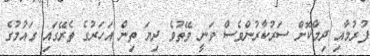
ފުރުމާއި ދިމާކޮށް ސަރުކާރުންވެސް ވަނީ ވޭތުވެ ދިޔަ ތިން އަހަރުގެ ތެރޭގައި ގައުމުގެ